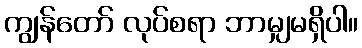
ကျွန်တော် လုပ်စရာ ဘာမျှမရှိပါ။